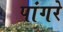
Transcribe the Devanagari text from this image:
पांगरे